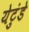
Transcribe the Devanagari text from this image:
येटुंडे